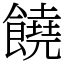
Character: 饒